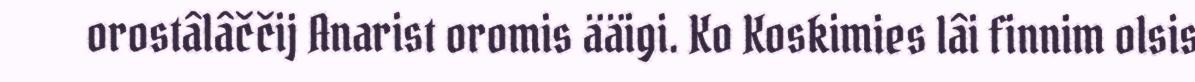
orostâlâččij Anarist oromis ääigi. Ko Koskimies lâi finnim olsis